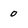
Character: O